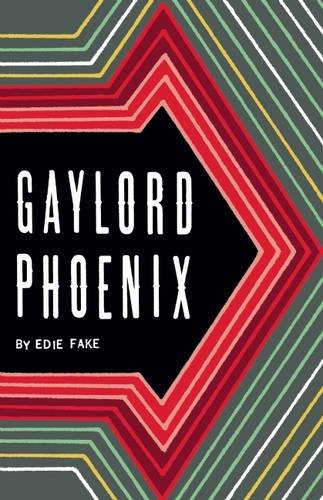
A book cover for Gaylord Phoenix; Edie Fake; Comics & Graphic Novels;